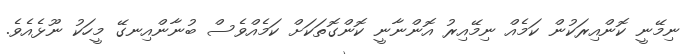
ނިމޭނީ ކޮންއިރަކުން ކަމެއް ނިމޭއިރު އޮންނާނީ ކޮންގޮތަކަށް ކަމެއްވެސް ބުނާންއިނގޭ މީހަކު ނޫޅެއެވެ.